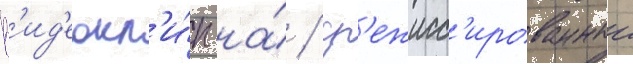
В'ид'еокл'и́п на́ / ср'ежисс'ированныи